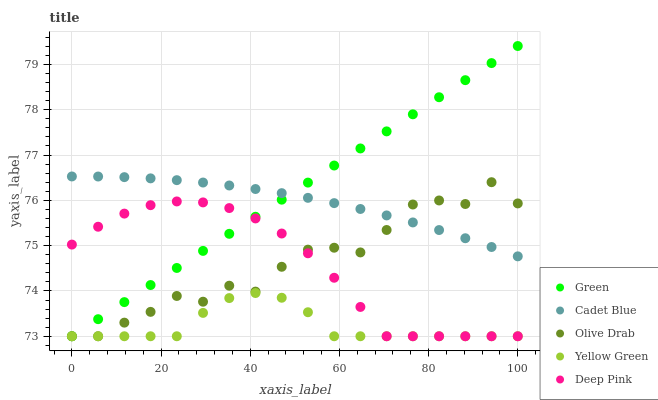
| xaxis_label | Green | Cadet Blue | Olive Drab | Yellow Green | Deep Pink |
 | --- | --- | --- | --- | --- | --- |
 | 0 | 73 | 76.5 | 73 | 73 | 75 |
 | 5.88 | 73.4 | 76.5 | 73 | 73 | 75.4 |
 | 11.8 | 73.8 | 76.5 | 73.3 | 73 | 75.7 |
 | 17.6 | 74.1 | 76.5 | 73.5 | 73 | 75.9 |
 | 23.5 | 74.5 | 76.4 | 73.9 | 73 | 76 |
 | 29.4 | 74.9 | 76.4 | 73.8 | 73.5 | 76 |
 | 35.3 | 75.3 | 76.3 | 74.1 | 73.8 | 75.8 |
 | 41.2 | 75.6 | 76.3 | 74 | 74 | 75.6 |
 | 47.1 | 76 | 76.2 | 74.5 | 73.8 | 75.3 |
 | 52.9 | 76.4 | 76.1 | 74.9 | 73.5 | 74.8 |
 | 58.8 | 76.8 | 75.9 | 75 | 73 | 74.3 |
 | 64.7 | 77.1 | 75.8 | 74.9 | 73 | 73.6 |
 | 70.6 | 77.5 | 75.7 | 75.3 | 73 | 73 |
 | 76.5 | 77.9 | 75.5 | 75.9 | 73 | 73 |
 | 82.4 | 78.3 | 75.3 | 76 | 73 | 73 |
 | 88.2 | 78.7 | 75.2 | 75.9 | 73 | 73 |
 | 94.1 | 79 | 75 | 76.4 | 73 | 73 |
 | 100 | 79.4 | 74.8 | 75.9 | 73 | 73 |